Statistical return of the lunatic asylum in Assam - 1912-1932
Year: 1912
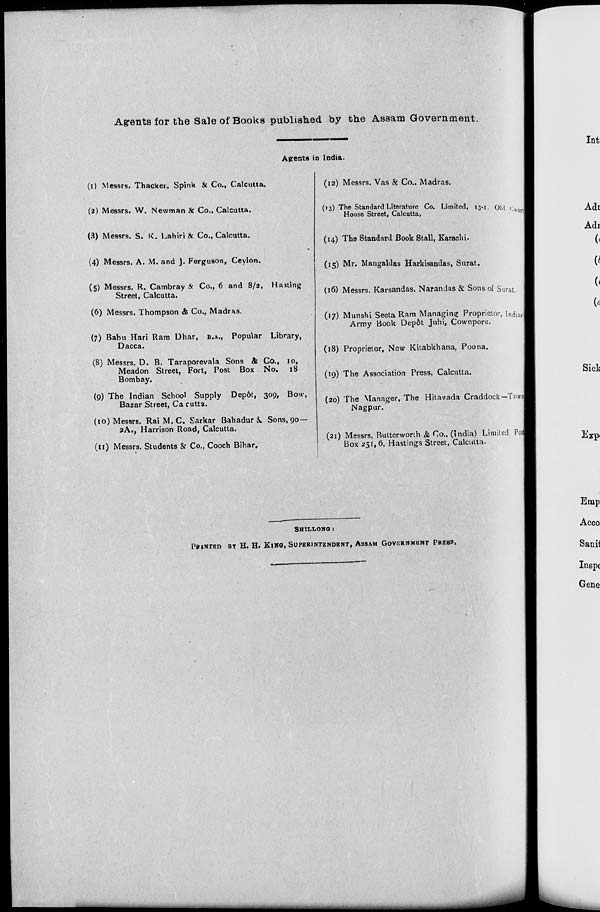
Agents for the Sale of Books published by the Assam Government.
Agents in India..
(i) Messrs. Thackei, Spink k Co., Calcutta.
(a) Messrs. W. Newman & Co., Calcutta.
(3) Messrs. S. K. Lahiri & Co., Calcutta.
(4) Messrs. A. M. and J. Ferguson, Ceylon.
(5) Messrs. R. Cambray & Co., 6 and 8/2, Hasting
Street, Calcutta.
(6) Messrs. Thompson & Co., Madras.
(7) Babu Hari Ram Dhar, B.A., Popular Library,
Dacca.
(8) Messrs. D. B. Taraporevala Sons & Co., 10,
Meadon Street, Fort, Post Box No. 18
Bombay.
(9) The Indian School Supply Depot, 309, Bow,
Bazar Street, Ca cutta.
(10) Messrs. Rai M. C. Sarkar Bahadur &. Sons, 90—
2A., Harrison Road, Calcutta.
(ir) Messrs. Students &• Co., Cooch Bihar.
(12) Messrs. Vas & Co.. Madras.
(13) The Standard Literature Co. Limited, ivi OW r
House Street, Calcutta,
(°Ur H
(14) The Standard Book Stall, Karachi.
(15) Mr. Mangaldas Harkisandas, Surat.
(16) Messrs. Karsandas. Narandas & Sons of Surat.
(17) Munsbi Seeta Ram Managing? Proprietor, lndiarj
Army Book Dep&t Juhi, Cownpore.
(18) Proprietor, New Kitabkhana, Poona.
(19) The Association Press, Calcutta.
(20) The Manager, The Hilavada Craddock — Town!
Nagpur.
(21) Messrs, Butterworth & Co., (India) Limited. Posj
Box 251, 6, Hastings Street, Calcutta.
SHtLLiONG :
PRINTED BT H, H. KINO, SUPERINTENDENT, ASSAM GOVERNMENT PRESS.
ManMM